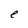
Character: e